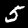
Label: 5